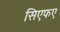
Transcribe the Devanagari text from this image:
सिएफए